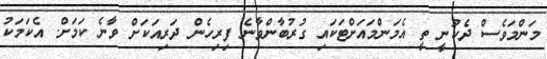
މަންމަވެސް ދެކުނީ ތީ އެމަންމައަށްޓަކައި ގުރުބާންވާނެ ފިރިހެން ދަރިއަކަށް ވާނެ ކަމަށް. އެކަމަކު